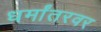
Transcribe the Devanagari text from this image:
धर्मांतरवर